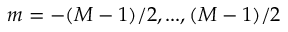
m = - ( M - 1 ) / 2 , . . . , ( M - 1 ) / 2